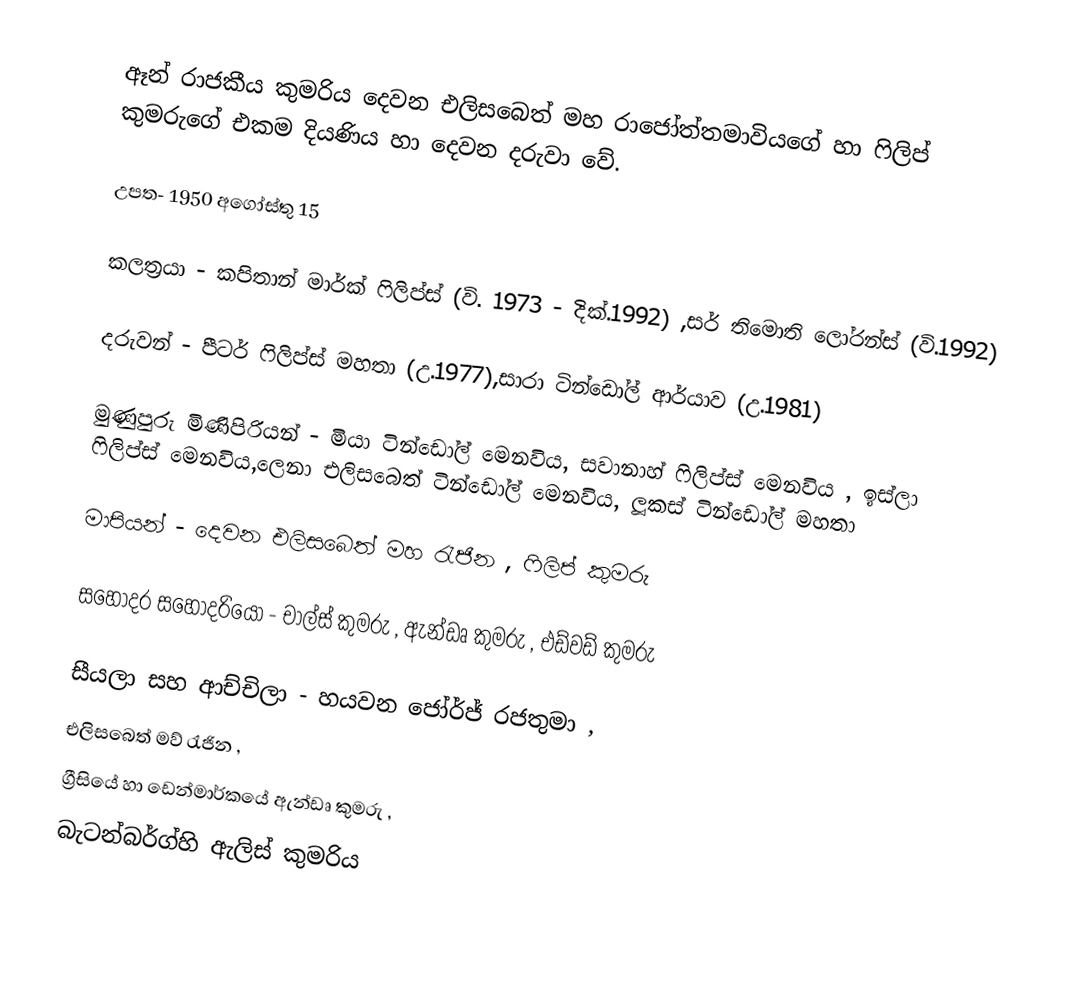
ඈන් රාජකීය කුමරිය දෙවන එලිසබෙත් මහ රාජෝත්තමාවියගේ හා ෆිලිප් කුමරුගේ එකම දියණිය හා දෙවන දරුවා වේ.

උපත- 1950 අගෝස්තු 15

කලත්‍රයා - කපිතාන් මාර්ක් ෆිලිප්ස් (වි. 1973 - දික්.1992) ,සර් තිමොති ලෝරන්ස් (වි.1992)

දරුවන් - පීටර් ෆිලිප්ස් මහතා (උ.1977),සාරා ටින්ඩෝල් ආර්යාව (උ.1981)

මුණුපුරු මිණිපිරියන් - මියා ටින්ඩෝල් මෙනවිය, සවානාහ් ෆිලිප්ස් මෙනවිය , ඉස්ලා ෆිලිප්ස් මෙනවිය,ලෙනා එලිසබෙත් ටින්ඩෝල් මෙනවිය, ලූකස් ටින්ඩෝල් මහතා

මාපියන් - දෙවන එලිසබෙත් මහ රැජින , ෆිලිප් කුමරු

සහෝදර සහෝදරියො  - චාල්ස් කුමරු , ඇන්ඩෘ කුමරු , එඩ්වඩ් කුමරු

සීයලා සහ ආච්චිලා - හයවන ජෝර්ජ් රජතුමා ,
එලිසබෙත් මව් රැජින ,
ග්‍රීසියේ හා ඩෙන්මාර්කයේ ඇන්ඩෘ කුමරු ,
බැටන්බර්ග්හි ඇලිස් කුමරිය